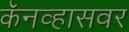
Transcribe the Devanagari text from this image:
कॅनव्हासवर